Document type: Acquittal of debt
Year: 1424
Scribe: Francesc de Casanoves
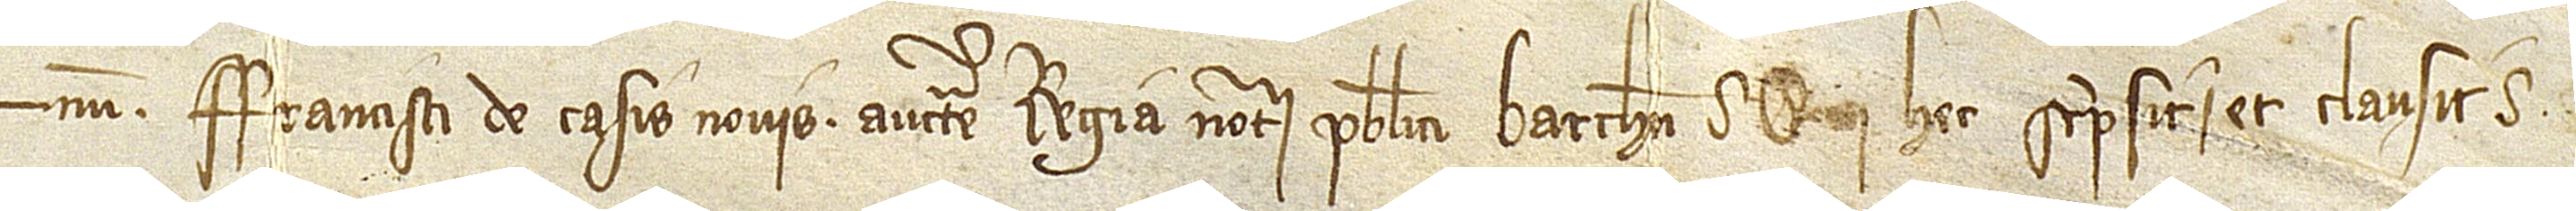
num Francisci de Casis Novis, auctoritate regia notarii publici Barchinone, qui hec scripsit et clausit.